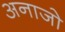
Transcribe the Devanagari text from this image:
अनाजो